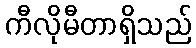
ကီလိုမီတာရှိသည်